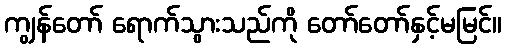
ကျွန်တော် ရောက်သွားသည်ကို တော်တော်နှင့်မမြင်။